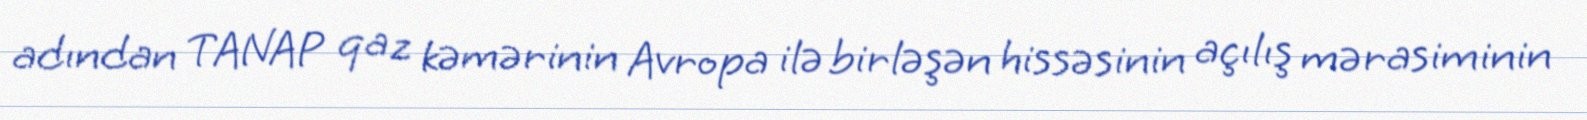
adından TANAP qaz kəmərinin Avropa ilə birləşən hissəsinin açılış mərasiminin